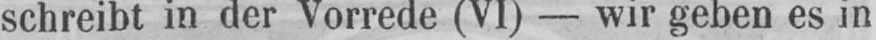
schreibt in der Vorrede (VI) - wir geben es in